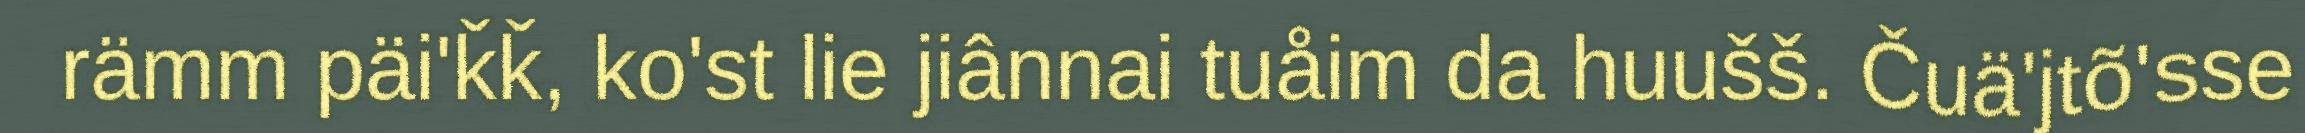
rämm päi'ǩǩ, ko'st lie jiânnai tuåim da huušš. Čuä'jtõ'sse